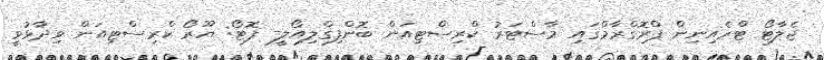
ޖެލާޓޯ ޓްރެއިނިން ޕްރޮގްރާމްގައި މާސްޓަރު ކްރިސްޓިއަން ބޮންފިގްލިއޯލީ- ފޮޓޯ: ޔޫރޯ ކްރިސްޓިއަން ވިދާޅުވީ